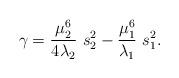
LaTeX: \begin{align*}\gamma = \frac{\mu_{2}^{6}}{4 \lambda_{2}}\ s_{2}^{2} -\frac{\mu_{1}^{6}}{\lambda_{1}}\ s_{1}^{2}. \end{align*}